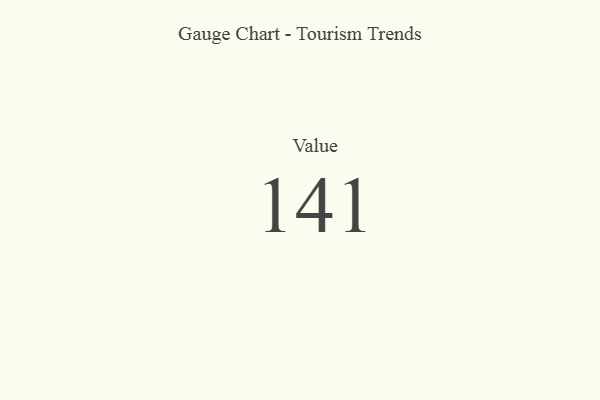
{"axis": {"x": "Metric", "y": "Value"}, "legend": [""], "data": [{"x": "Value", "y": 141, "type": ""}]}